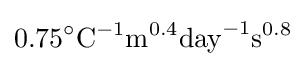
0.75^{\circ }{\text{C}}^{-1}{\text{m}}^{0.4}{\text{day}}^{-1}{\text{s}}^{0.8}